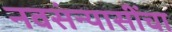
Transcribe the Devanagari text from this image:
नवसंन्यासींचा